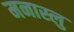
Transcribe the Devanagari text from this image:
मनास्लु